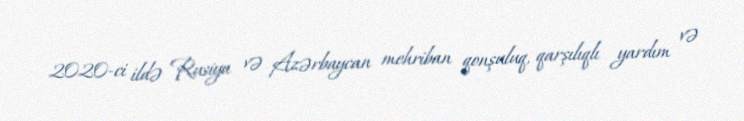
2020-ci ildə Rusiya və Azərbaycan mehriban qonşuluq, qarşılıqlı yardım və